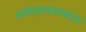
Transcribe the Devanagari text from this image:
कर्कवृत्तासारख्याच